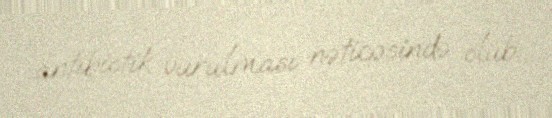
antibiotik vurulması nəticəsində ölüb.